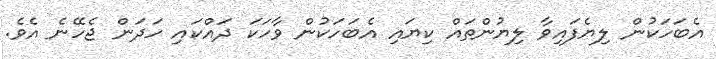
އެބަހަކުން ލިޔެފައިވާ ލިޔުންތައް ކިޔައި އެބަހަކުން ވާހަކަ ދައްކައި ހަދަން ޖެހޭނެ އެވެ.